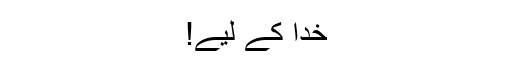
خدا کے لیے!